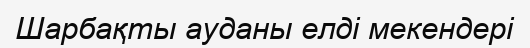
Шарбақты ауданы елді мекендері